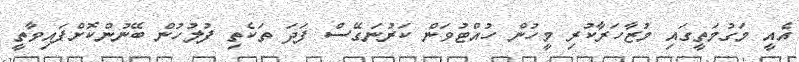
އެއީ މަގުމަތީގައި މުޒާހަރާކުރި މީހުން ހުއްޓުވަން ކަރުނަގޭސް ފަދަ ތަކެތި ފުލުހުން ބޭނުންކޮށްފައިވާތީ